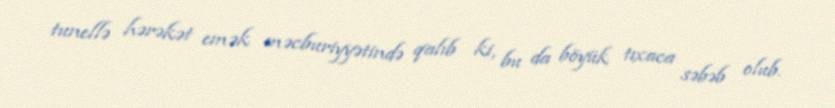
tunellə hərəkət emək məcburiyyətində qalıb ki, bu da böyük tıxaca səbəb olub.